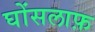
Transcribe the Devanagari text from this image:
घोंसलाफ़